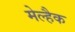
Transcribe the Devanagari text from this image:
मेल्हैक